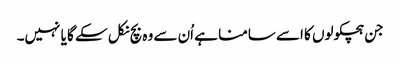
جن ہچکولوں کا اسے سامنا ہے اُن سے وہ بچ نکل سکے گا یا نہیں۔